Burma Government Medical School reports 1923-41
Year: 1923
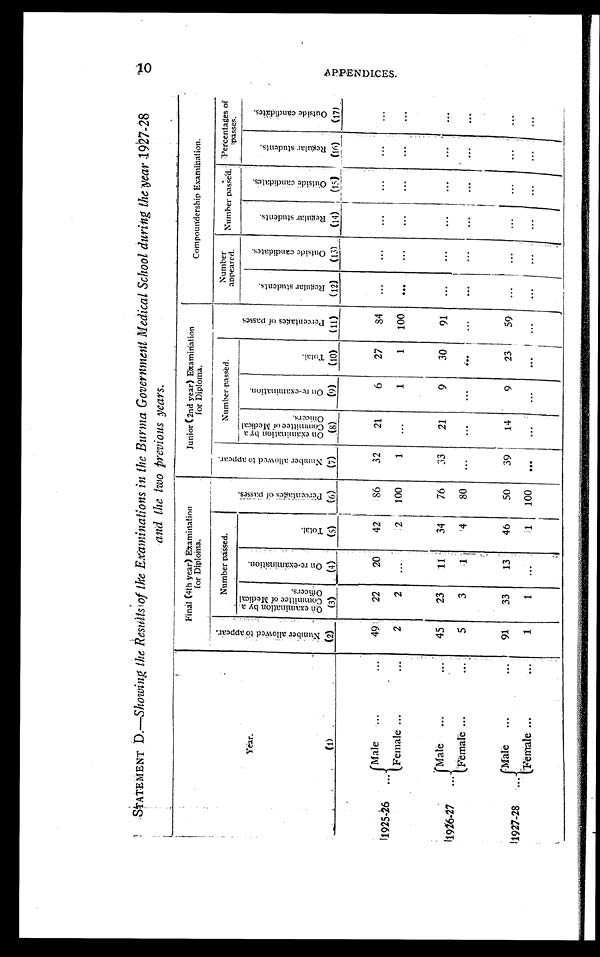
STATEMENT D. —Showing the Results of the Examinations in the Burma Government Medical School during the year 1927-28
and the two previous years.
Year. (1)
Final (4th year) Examination
for Diploma.
Junior (2nd year) Examination
for Diploma.
Compoundership Examination.
N u m b e r a l l o w e d t o a p p e a r .
( 2 )
Number passed.
,
P e r c e n t a g e s o f p a s s e s .
N u m b e r a l l o w e d t o a p p e a r .
( 7 )
Number passed.
P e r c e n t a g e o f p a s s e s .
( 1 1 )
Number
appeared. Number passed. Percentages of
Passes.
O n e x a m i n a t i o n b y a C o m m i t t e e o f M e d i c a l O f f i c e r s .
(3)
O n r e - e x a m i n a t i o n .
( 4 )
T o t a l .
( 5 )
O n e x a m i n a t i o n b y a C o m m i t t e e o f M e d i c a l O f f i c e r s .
(8)
O n r e - e x a m i n a t i o n .
( 9 )
Total. (10)
R e g u l a r s t u d e n t s .
( 1 2 )
O u t s i d e c a n d i d a t e s .
( 1 3 )
R e g u l a r s t u d e n t s .
( 14)
O u t s i d e c a n d i d a t e s .
( 1 5 )
R e g u l a r s t u d e n t s .
( 1 6 )
O u t s i d e c a n d i d a t e s .
( 1 7 )
1925-26
Male
49
22
20
42
86
32
21
6
27
84
...
...
...
...
...
...
Female
2
2
. . .
2 1 100
1
...
1
1
100 ...
...
...
...
...
...
1926-27
Male
45
23
1 1
34
76
33
21
9
30
91
. . .
...
. . .
. . .
. . .
. . .
Female
5
3
1
4
80 ...
. . . . . .
...
...
...
. . .
. . .
. . .
. . .
. . .
1927-28
Male
91
33
13
46
50
39
14
9
23
59
. . .
. . .
. . .
. . .
. . .
. . .
Female
1
1
. . .
1 100 ...
...
...
...
...
. . .
. . .
. . .
. . .
. . .
...
10
APPENDI CES.